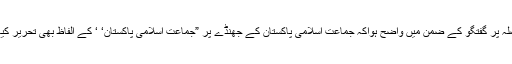
٭	مجلس عاملہ کے ایک فیصلہ پر گفتگو کے ضمن میں واضح ہواکہ جماعت اسلامی پاکستان کے جھنڈے پر ”جماعت اسلامی پاکستان‘ ‘ کے الفاظ بھی تحریر کیے جانے کا اہتمام ہونا چاہیے۔